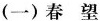
(一)春望